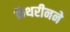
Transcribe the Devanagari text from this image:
कॅथरीनने